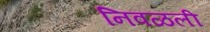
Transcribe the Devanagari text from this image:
निवळली